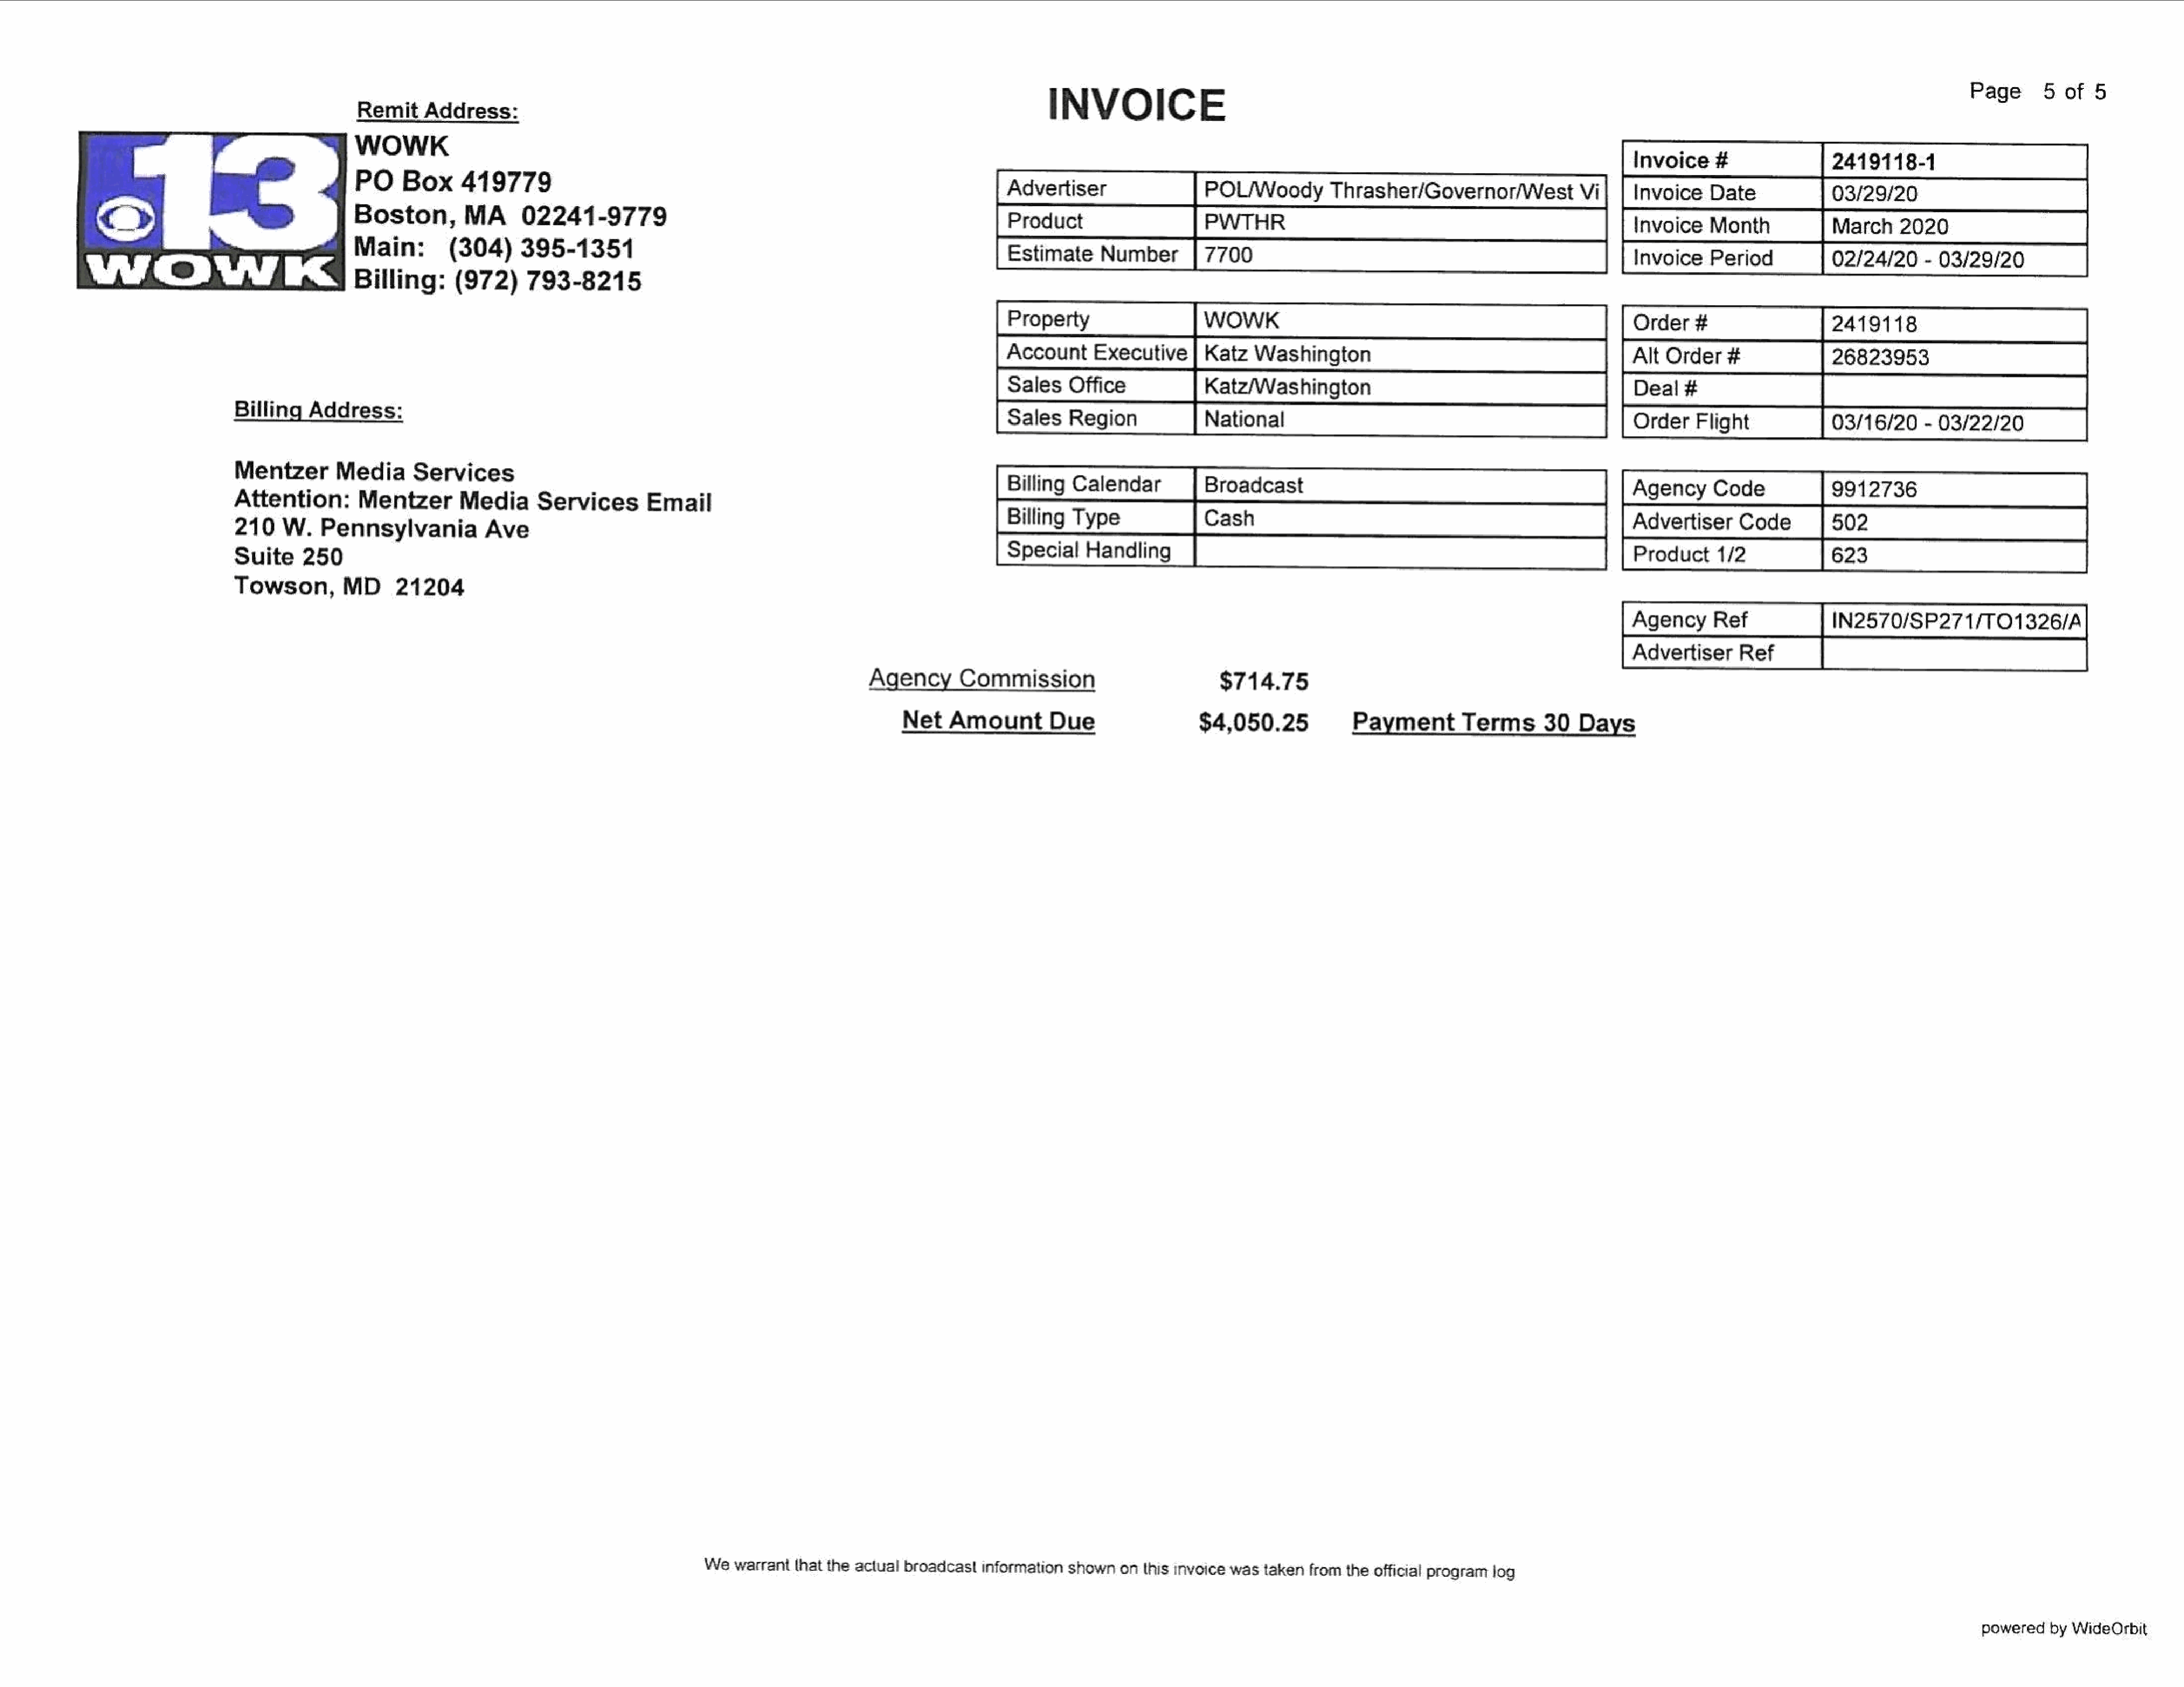
INVOICE                                                                                                                             Page      5of    5
 Remit     Address:
 WOWK
 Invoice    #                2419118-1
 PO     Box     419779
 Advertiser                  POL/Woody         Thrasher/Governor/WestVi                    Invoice   Date              03/29/20
 @                                    Boston,         MA      02241-9779                                                                                       PWT    HR
 Invoice   Month             March     2020
 Main:        (304)     395-1354
 Estimate     Number         7700
 Invoice   Period
 AOSAG
 Billing:      (972)     793-8215
 02/24/20     - 03/29/20
 Property                    WOWK                                                          Order   #                   2419118
 AccountExecutive            Katz   Was  hington                                          Alt  Order    #              26823953
 Sales    Office
 Billing   Address:
 Sales    Region             National
 OrderFlight                 03/16/20     - 03/22/20
 Mentzer       Media      Services
 Billing  Calendar           Broadcast
 Agency      Code             9912736
 Attention:        Mentzer        Media      Services        Email
 Billing  Type
 Advertiser      Code
 210   W.    Pennsylvania           Ave
 Special    Handling
 Suite    250                                                                                                                                                                                            Product    1/2
 Towson,         MD      21204
 AgencyRef                    IN2570/SP271/TO1326/A
 Advertiser      Ref
 Commission
 $714.75
 Net   Amount         Due
 $4,050.25              Payment        Terms       30   Days
 Wewarrantthat    the actual broadcastinformation    shownonthis    invoice was  takenfrom  theofficial Program  log
 powered   by WideOrbit